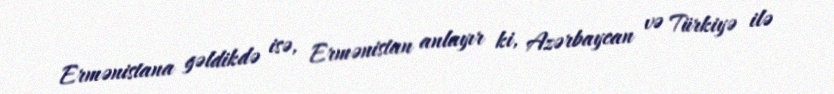
Ermənistana gəldikdə isə, Ermənistan anlayır ki, Azərbaycan və Türkiyə ilə